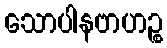
သောပါနဗာဟဉ္စ